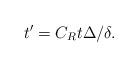
LaTeX: \begin{align*} t'=C_R t\Delta/\delta.\end{align*}